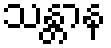
သန္တာန